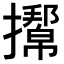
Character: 𢸌